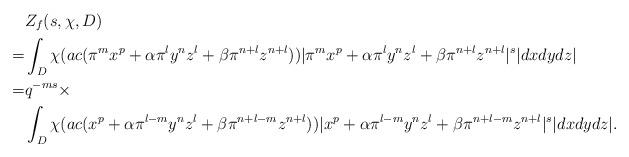
LaTeX: \begin{align*}&Z_f(s, \chi, D)\\=&\int_D\chi(ac (\pi^mx^p+\alpha\pi^ly^nz^l+\beta\pi^{n+l}z^{n+l}))|\pi^mx^p+\alpha\pi^ly^nz^l+\beta\pi^{n+l}z^{n+l}|^s|dxdydz|\\=&q^{-ms}\times\\&\int_D\chi(ac (x^p+\alpha\pi^{l-m}y^nz^l+\beta\pi^{n+l-m}z^{n+l}))|x^p+\alpha\pi^{l-m}y^nz^l+\beta\pi^{n+l-m}z^{n+l}|^s|dxdydz|.\end{align*}